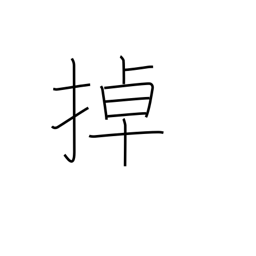
Meaning: shake & move